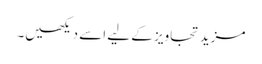
مزید تجاویز کے لیے اسے دیکھیں۔